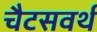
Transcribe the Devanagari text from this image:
चैटसवर्थ